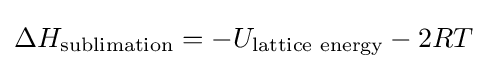
\Delta H_{\text{sublimation}}=-U_{\text{lattice energy}}-2RT